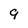
Character: 9